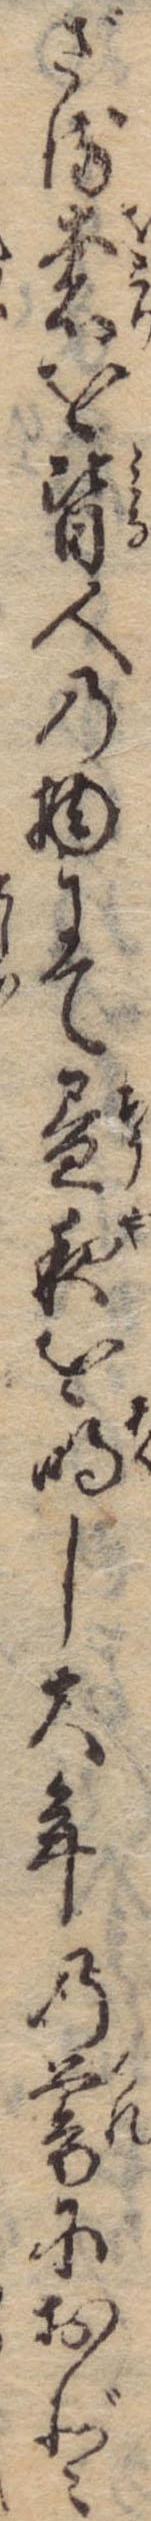
ざる奢を皆人の物にて昼夜を明し大年の暮におど